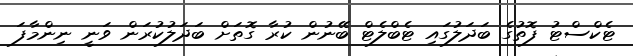
ޓެކްސްޓު ފޮތުގެ ބަދަލުގައި ޓެބްލެޓް ބޭނުން ކުރާ ގޮތަށް ބަދަލުކުރަން ވަނީ ނިންމާފަ